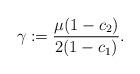
LaTeX: \begin{align*}\gamma := \frac{\mu(1-c_2)}{2(1-c_1)}.\end{align*}